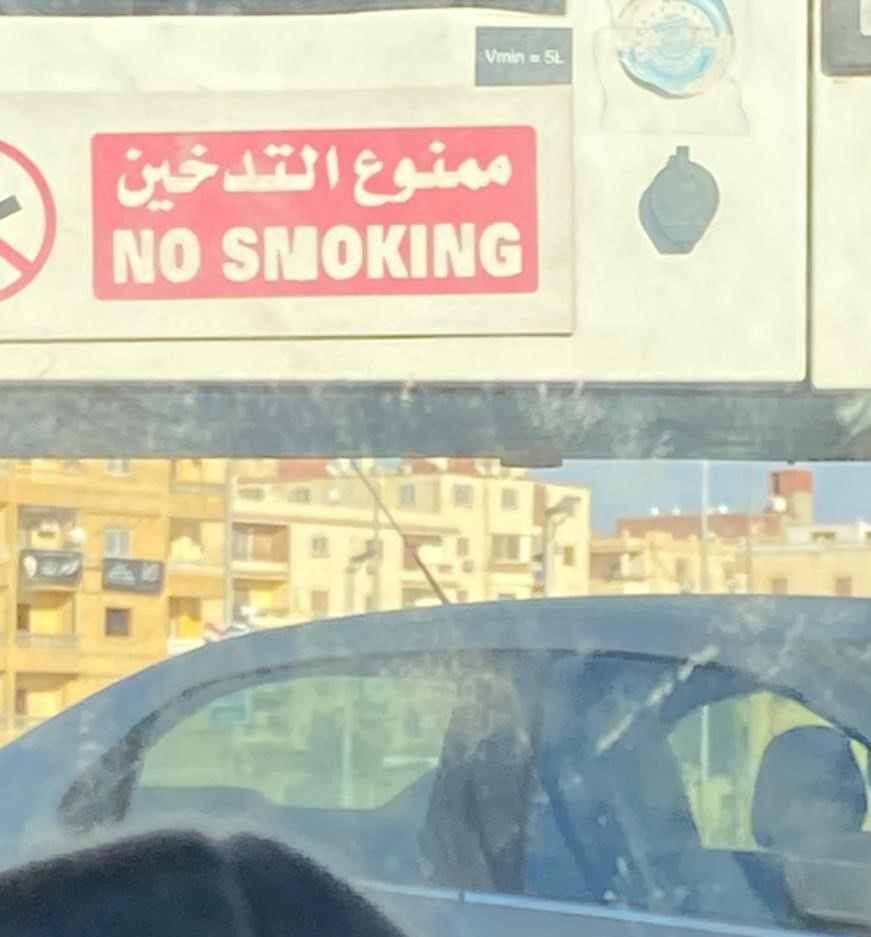
Text in image: ممنوع التدخين SMOKING NO